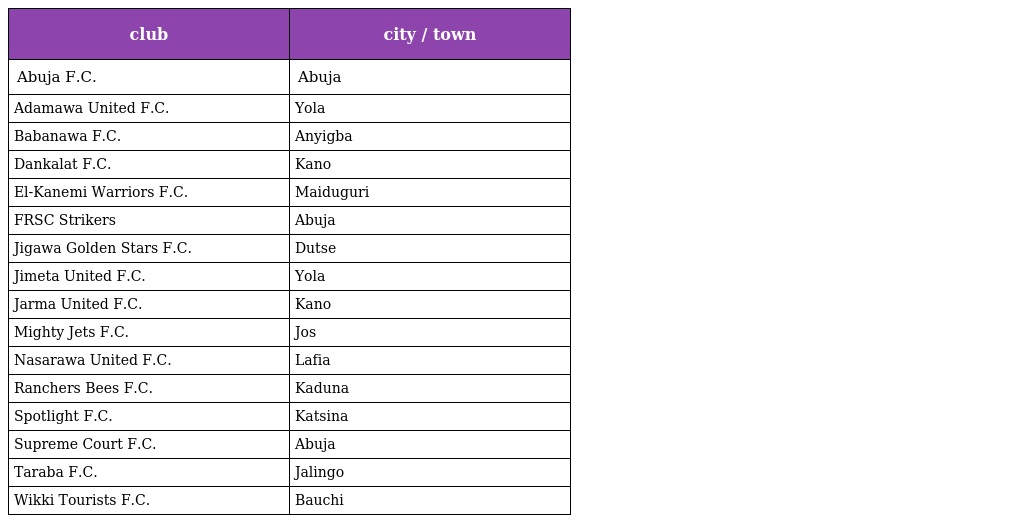
| club | city / town |
 | --- | --- |
 | Abuja F.C. | Abuja |
 | Adamawa United F.C. | Yola |
 | Babanawa F.C. | Anyigba |
 | Dankalat F.C. | Kano |
 | El-Kanemi Warriors F.C. | Maiduguri |
 | FRSC Strikers | Abuja |
 | Jigawa Golden Stars F.C. | Dutse |
 | Jimeta United F.C. | Yola |
 | Jarma United F.C. | Kano |
 | Mighty Jets F.C. | Jos |
 | Nasarawa United F.C. | Lafia |
 | Ranchers Bees F.C. | Kaduna |
 | Spotlight F.C. | Katsina |
 | Supreme Court F.C. | Abuja |
 | Taraba F.C. | Jalingo |
 | Wikki Tourists F.C. | Bauchi |